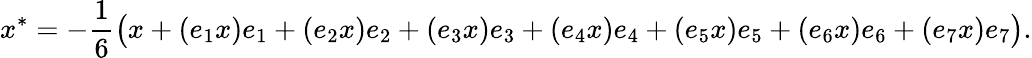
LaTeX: x^{*}=-{\frac{1}{6}}{\bigl(}x+(e_{1}x)e_{1}+(e_{2}x)e_{2}+(e_{3}x)e_{3}+(e_{4}x)e_{4}+(e_{5}x)e_{5}+(e_{6}x)e_{6}+(e_{7}x)e_{7}{\bigr)}.